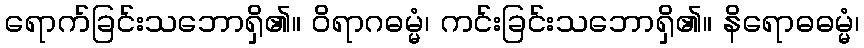
ရောက်ခြင်းသဘောရှိ၏။ ဝိရာဂဓမ္မံ၊ ကင်းခြင်းသဘောရှိ၏။ နိရောဓဓမ္မံ၊